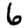
Digit: 6